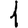
Digit: 1